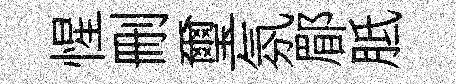
惺删璽氛郿胝